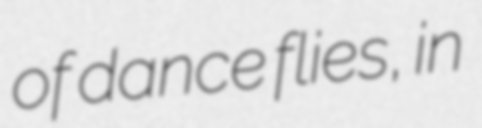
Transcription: of dance flies, in